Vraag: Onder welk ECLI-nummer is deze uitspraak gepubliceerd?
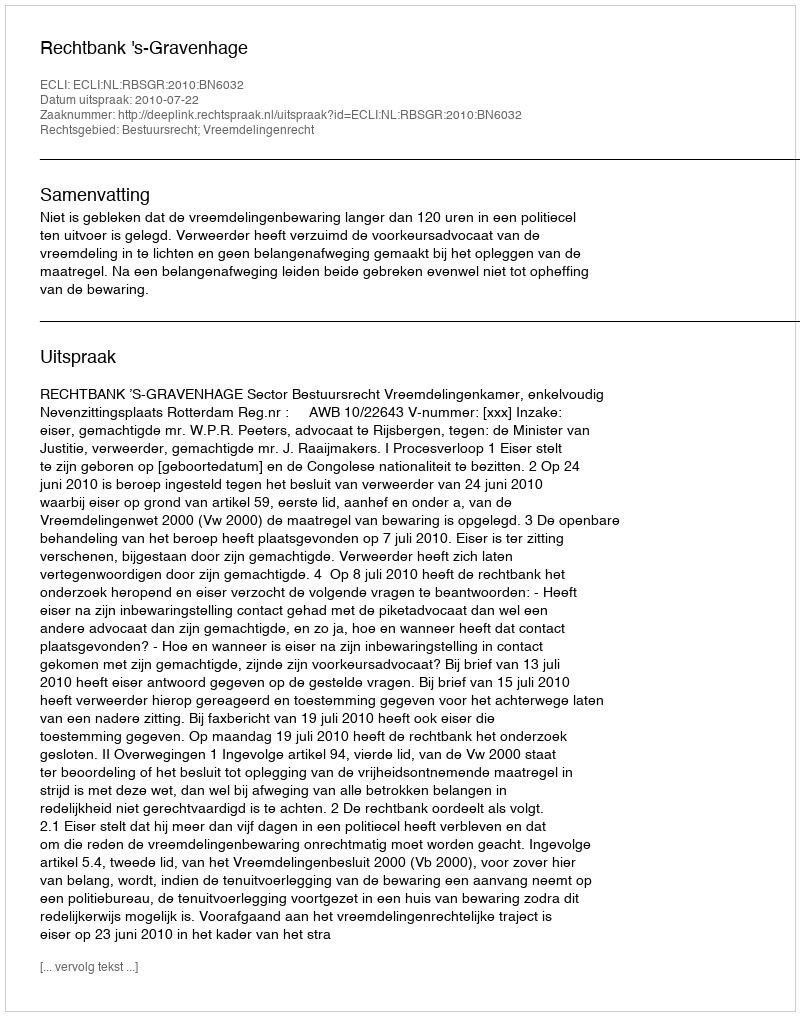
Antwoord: ECLI:NL:RBSGR:2010:BN6032